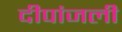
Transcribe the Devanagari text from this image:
दीपांजली